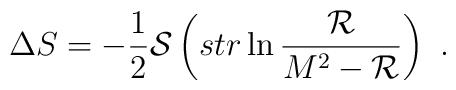
\Delta S=-\frac{1}{2}{\cal S}\left( str \ln \frac{{\cal R}}{M^2-{\cal R}}\right) \ .